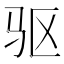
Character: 驱